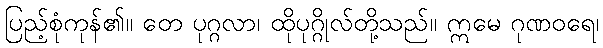
ပြည့်စုံကုန်၏။ တေ ပုဂ္ဂလာ၊ ထိုပုဂ္ဂိုလ်တို့သည်။ ဣမေ ဂုဏဝရေ၊